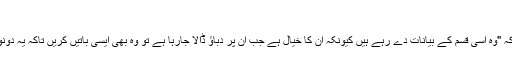
"
انہون نے مزید کہا کہ "وہ اسی قسم کے بیانات دے رہے ہیں کیونکہ ان کا خیال ہے جب ان پر دباؤ ڈالا جارہا ہے تو وہ بھی ایسی باتیں کریں تاکہ یہ دونوں ادارے متاثر ہوں۔